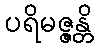
ပရိမဇ္ဇန္တိ